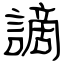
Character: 謫